Vaccination United Provinces of Agra and Oudh 1902-1913 - 1902-1913
Year: 1902
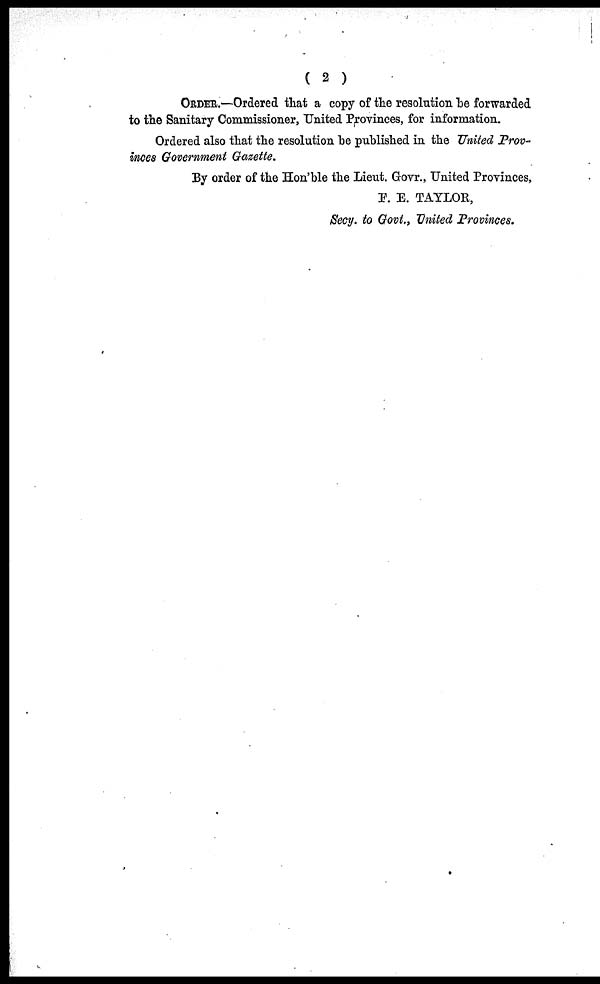
( 2 )
ORDER.—Ordered that a copy of the resolution be forwarded
to the Sanitary Commissioner, United Provinces, for information.
Ordered also that the resolution be published in the United Prov-
inces Government Gazette.
By order of the Hon'ble the Lieut. Govr., United Provinces,
F. E. TAYLOR,
Secy. to Govt., United Provinces.